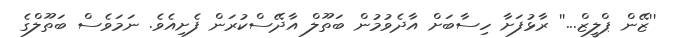
''ޒޭން ޕްލީޒް...'' ރާޅުފަށާ ހިސާބަށް އާދެވުމުން ބަތޫލް އާދޭސްކުރަން ފެށިއެވެ. ނަމަވެސް ބަތޫލްގެ